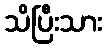
သိပြီးသား